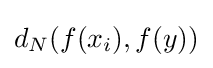
d_{N}(f(x_{i}),f(y))